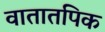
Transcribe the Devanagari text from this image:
वातातपिक